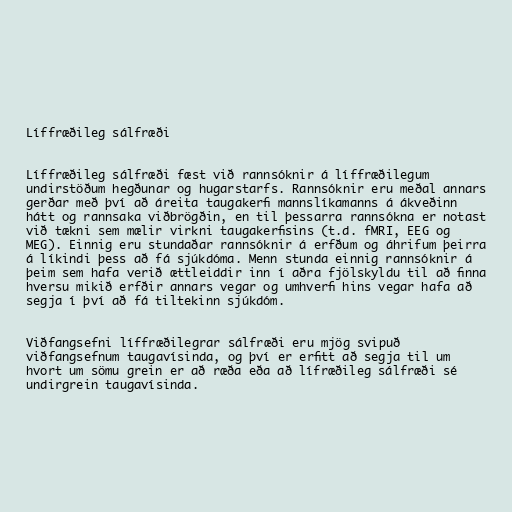
Líffræðileg sálfræði

Líffræðileg sálfræði fæst við rannsóknir á líffræðilegum
undirstöðum hegðunar og hugarstarfs. Rannsóknir eru meðal annars
gerðar með því að áreita taugakerfi mannslíkamanns á ákveðinn
hátt og rannsaka viðbrögðin, en til þessarra rannsókna er notast
við tækni sem mælir virkni taugakerfisins (t.d. fMRI, EEG og
MEG). Einnig eru stundaðar rannsóknir á erfðum og áhrifum þeirra
á líkindi þess að fá sjúkdóma. Menn stunda einnig rannsóknir á
þeim sem hafa verið ættleiddir inn í aðra fjölskyldu til að finna
hversu mikið erfðir annars vegar og umhverfi hins vegar hafa að
segja í því að fá tiltekinn sjúkdóm.

Viðfangsefni líffræðilegrar sálfræði eru mjög svipuð
viðfangsefnum taugavísinda, og því er erfitt að segja til um
hvort um sömu grein er að ræða eða að lífræðileg sálfræði sé
undirgrein taugavísinda.